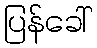
ပြန်ခေါ်